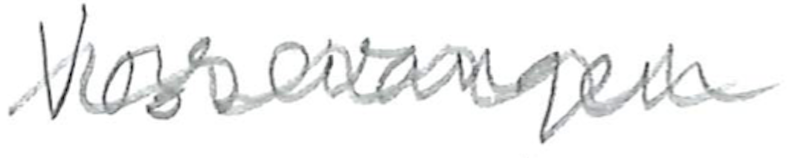
Text: Vossevangen
Cross-out: wave
Writing tool: pencil